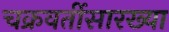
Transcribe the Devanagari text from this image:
चक्रवर्तीसारख्या